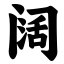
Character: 阔